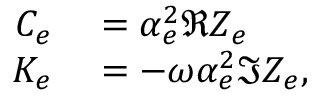
\begin{array} { r l } { C _ { e } } & { { } = \alpha _ { e } ^ { 2 } \Re { Z _ { e } } } \\ { K _ { e } } & { { } = - \omega \alpha _ { e } ^ { 2 } \Im { Z _ { e } } , } \end{array}